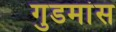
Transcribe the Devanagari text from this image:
गुडमांस